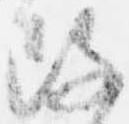
改